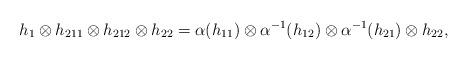
LaTeX: \begin{align*}h_1\otimes h_{211}\otimes h_{212}\otimes h_{22}=\alpha(h_{11})\otimes\alpha^{-1} (h_{12})\otimes\alpha^{-1}( h_{21})\otimes h_{22},\end{align*}